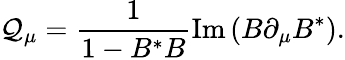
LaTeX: \mathcal{Q}_{\mu}={\frac{{1}}{{1-B^{*}B}}}\mathrm{{Im}}\left(B\partial_{\mu}B^{*}\right).